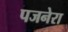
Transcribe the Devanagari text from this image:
पजनेरा